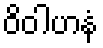
ဝိဝါဟနံ